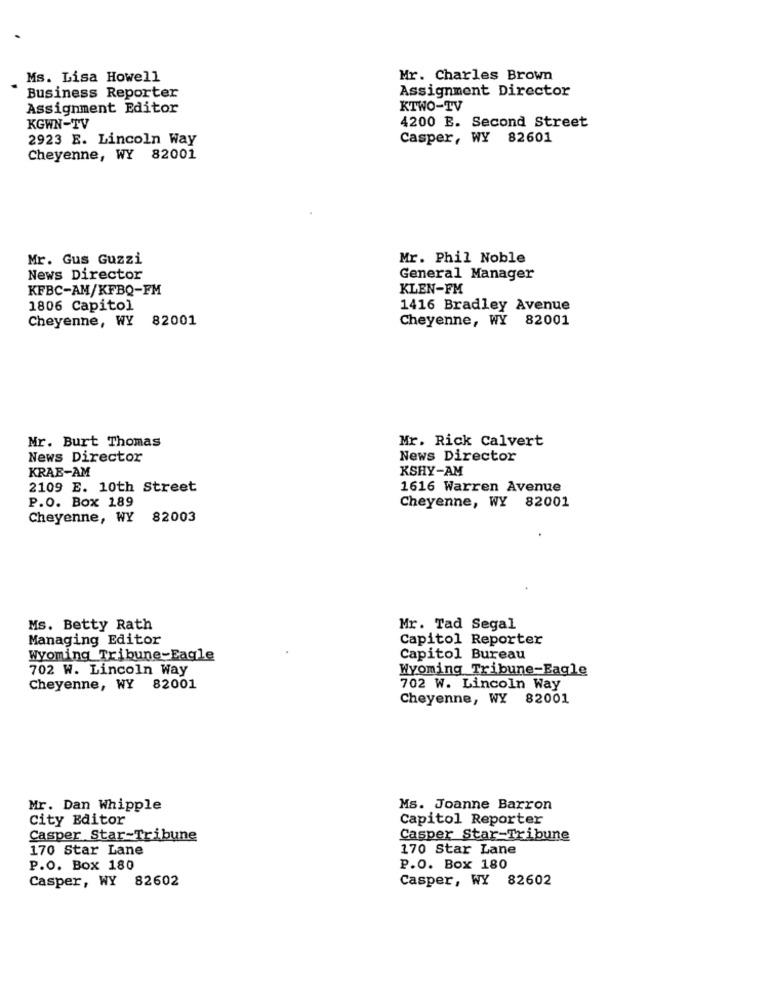
Ms. Lisa Howell
Mr. Charles Brown
Assignment Director
Business Reporter
Assignment Editor
KTWO-TV
KGWN-TV
4200 B. Second Street
2923 E. Lincoln Way
Casper, WY 82601
Cheyenne, WY 82001
Mr. Gus Guzzi
Mr. Phil Noble
News Director
General Manager
KFBC-AM/KFBQ-FM
KLEN-FM
1806 Capitol
1416 Bradley Avenue
Cheyenne, WY 82001
Cheyenne, WY 82001
Mr. Burt Thomas
Mr. Rick Calvert
News Director
News Director
KRAE-AM
KSHY-AM
2109 E. 10th Street
1616 Warren Avenue
P.O. Box 189
Cheyenne, WY 82001
Cheyenne, WY 82003
Ms. Betty Rath
Mr. Tad Segal
Managing Editor
Capitol Reporter
Wyoming Tribune-Eagle
Capitol Bureau
702 W. Lincoln Way
Wyoming Tribune-Eagle
Cheyenne, WY 82001
702 W. Lincoln Way
Cheyenne, WY 82001
Mr. Dan Whipple
Ms. Joanne Barron
City Editor
Capitol Reporter
Casper Star-Tribune
Casper Star-Tribune
170 Star Lane
170 Star Lane
P.O. Box 180
P.O. Box 180
Casper, WY 82602
Casper, WY 82602